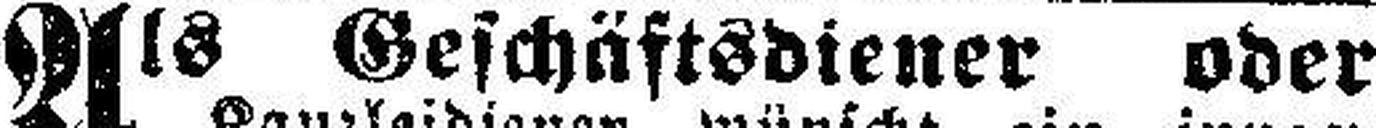
Als Geschäftsdiener oder